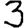
Digit: 3